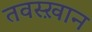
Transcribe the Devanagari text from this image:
तवस्ख़ान